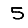
Digit: 5